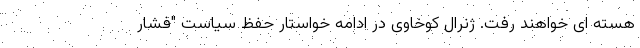
هسته ای خواهند رفت. ژنرال کوخاوی در ادامه خواستار حفظ سیاست "فشار